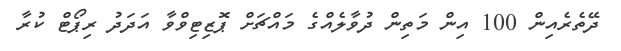
ދޭތެރެއިން 100 އިން މަތިން ދުވާލެއްގެ މައްޗަށް ޕޮޒިޓިވްވާ އަދަދު ރިޕޯޓް ކުރާ